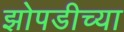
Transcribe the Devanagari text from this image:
झोपडीच्या